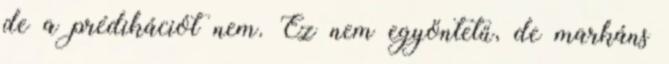
de a prédikációt nem. Ez nem egyöntetű, de markáns